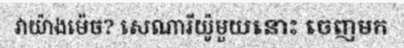
វាយ៉ាងម៉េច? សេណារីយ៉ូមួយនោះ ចេញមក